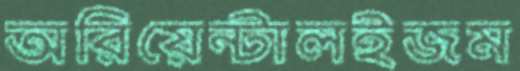
অরিয়েন্টালইজম